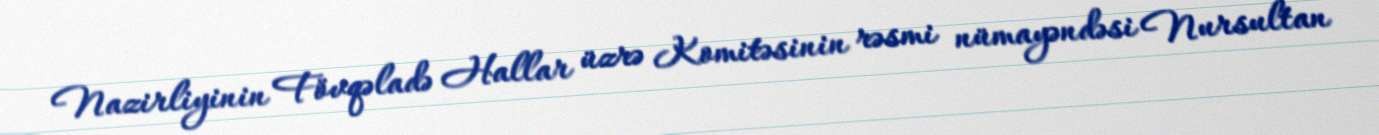
Nazirliyinin Fövqəladə Hallar üzrə Komitəsinin rəsmi nümayəndəsi Nursultan